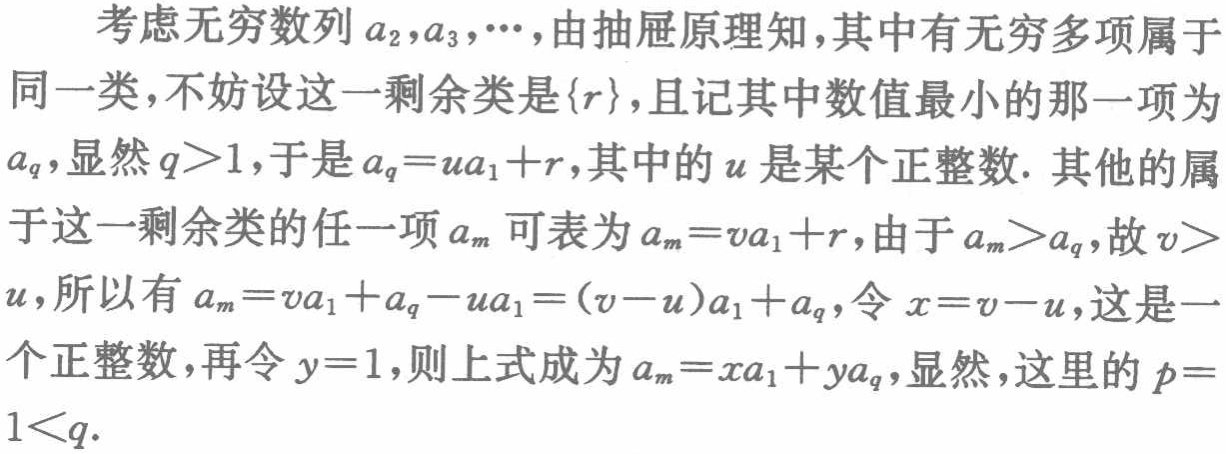
考虑无穷数列\(a_{2},a_{3},\cdots\)，由抽屉原理知，其中有无穷多项属于同一类，不妨设这一剩余类是\(\{r\}\)，且记其中数值最小的那一项为\(a_{q}\)，显然\(q > 1\)，于是\(a_{q}=ua_{1}+r\)，其中的\(u\)是某个正整数. 其他的属于这一剩余类的任一项\(a_{m}\)可表为\(a_{m}=va_{1}+r\)，由于\(a_{m}>a_{q}\)，故\(v > u\)，所以有\(a_{m}=va_{1}+a_{q}-ua_{1}=(v - u)a_{1}+a_{q}\)，令\(x = v - u\)，这是一个正整数，再令\(y = 1\)，则上式成为\(a_{m}=xa_{1}+ya_{q}\)，显然，这里的\(p = 1<q\).